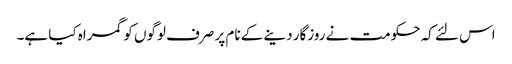
اس لئے کہ حکومت نے روزگار دینے کے نام پر صرف لوگوں کو گمراہ کیا ہے۔